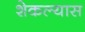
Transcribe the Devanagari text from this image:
शेकल्यास